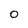
Character: 0